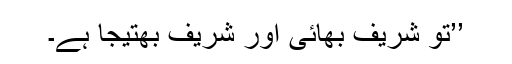
’’تو شریف بھائی اور شریف بھتیجا ہے۔